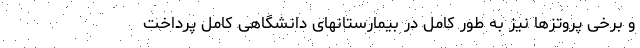
و برخی پروتزها نیز به طور کامل در بیمارستانهای دانشگاهی کامل پرداخت